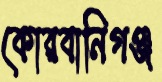
কোরবানিগঞ্জ